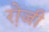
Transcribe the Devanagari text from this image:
रो़जी